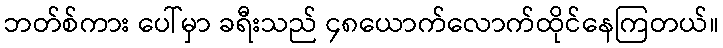
ဘတ်စ်ကား ပေါ်မှာ ခရီးသည် ၄၈ယောက်လောက်ထိုင်နေကြတယ်။